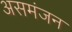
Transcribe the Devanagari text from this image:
असमंजन